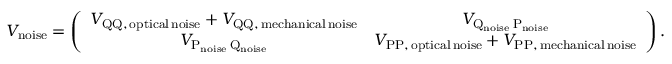
V _ { \mathrm { n o i s e } } = \left( \begin{array} { c c } { V _ { \mathrm { Q Q , \, o p t i c a l \, n o i s e } } + V _ { \mathrm { Q Q , \, m e c h a n i c a l \, n o i s e } } } & { V _ { \mathrm { Q _ { \mathrm { { n o i s e } } } \, P _ { \mathrm { n o i s e } } } } } \\ { V _ { \mathrm { P _ { \mathrm { { n o i s e } } } \, Q _ { \mathrm { n o i s e } } } } } & { V _ { \mathrm { P P , \, o p t i c a l \, n o i s e } } + V _ { \mathrm { P P , \, m e c h a n i c a l \, n o i s e } } } \end{array} \right) .